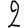
Digit: 2